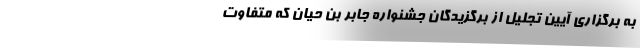
به برگزاری آیین تجلیل از برگزیدگان جشنواره جابر بن حیان که متفاوت